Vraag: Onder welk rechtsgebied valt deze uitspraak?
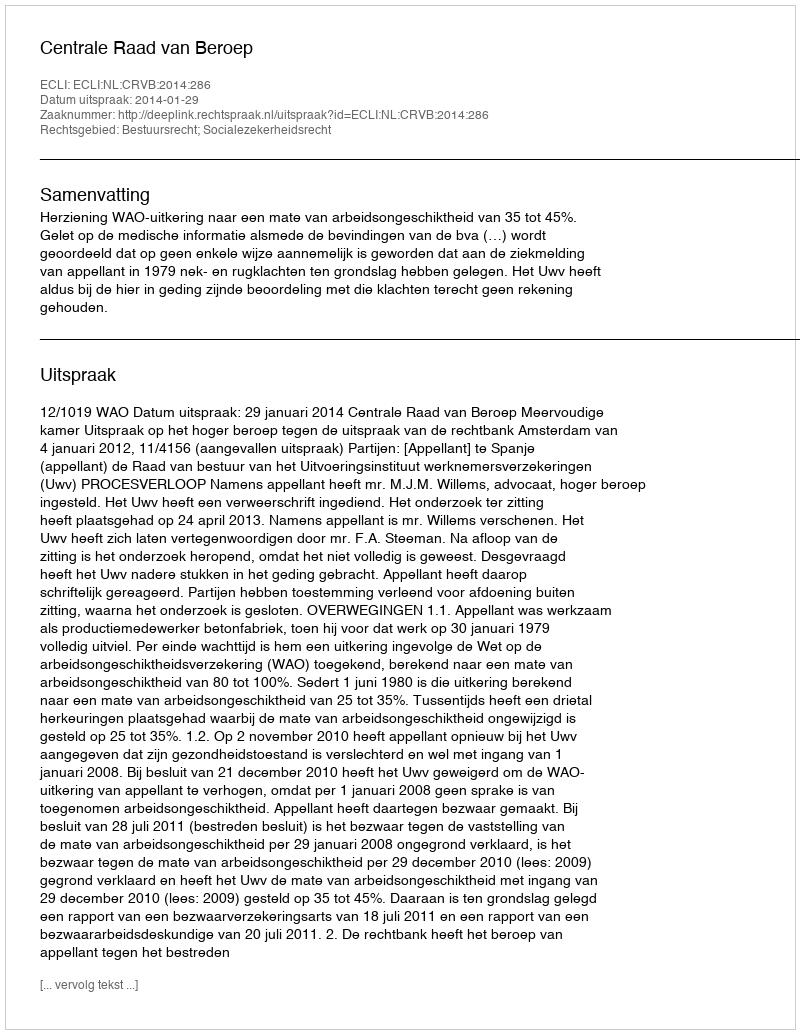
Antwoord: Bestuursrecht; Socialezekerheidsrecht